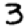
Digit: 3